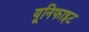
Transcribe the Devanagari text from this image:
यूनिफाइट